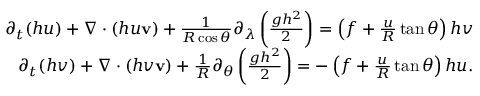
\begin{array} { r l r } & { } & { \partial _ { t } ( h u ) + \nabla \cdot ( h u \mathbf { v } ) + \frac { 1 } { R \cos \theta } \partial _ { \lambda } \left( \frac { g h ^ { 2 } } 2 \right) = \left( f + \frac u R \tan \theta \right) h v } \\ & { } & { \partial _ { t } ( h v ) + \nabla \cdot ( h v \mathbf { v } ) + \frac { 1 } { R } \partial _ { \theta } \left( \frac { g h ^ { 2 } } 2 \right) = - \left( f + \frac u R \tan \theta \right) h u . } \end{array}